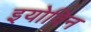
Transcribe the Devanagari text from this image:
इयोविन